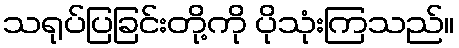
သရုပ်ပြခြင်းတို့ကို ပိုသုံးကြသည်။